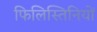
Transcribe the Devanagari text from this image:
फिलिस्तिनियों